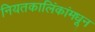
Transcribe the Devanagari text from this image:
नियतकालिंकांमधून